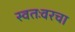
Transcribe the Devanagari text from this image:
स्वतःवरचा